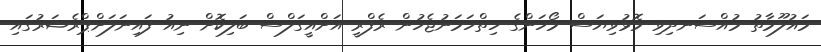
މައުލޫމާތު މުއްސަނދިވި މޮޅުވިޔަސް މޯހަންގެ ހިތްހަމަނުޖެހުން ރެފްރީ އަށްއީގަލްސް ބަލިކޮށް ނިއު ފައިނަލަށްޕްރެޝަރުގައި